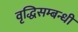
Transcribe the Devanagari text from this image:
वृद्धिसम्बन्धी